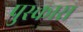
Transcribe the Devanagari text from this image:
पुस्कास